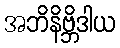
အဘိနိဗ္ဘိဒါယ